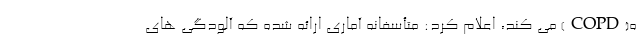
ه(COPD) می کند، اعلام کرد: متأسفانه آماری ارائه شده که آلودگی های